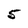
Character: 5